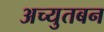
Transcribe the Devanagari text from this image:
अच्युतबन